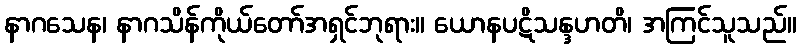
နာဂသေန၊ နာဂသိန်ကိုယ်တော်အရှင်ဘုရား။ ယောနပဋိသန္ဒဟတိ၊ အကြင်သူသည်။